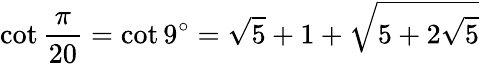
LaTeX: \cot{\frac{\pi}{20}}=\cot 9^{\circ}={\sqrt{5}}+1+{\sqrt{5+2{\sqrt{5}}}}